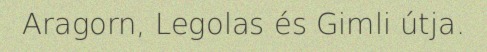
Aragorn, Legolas és Gimli útja.